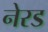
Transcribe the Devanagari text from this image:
नेरड